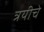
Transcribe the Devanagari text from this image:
त्रयीचे